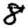
Digit: 8